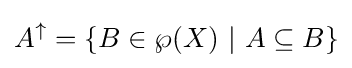
A^{\uparrow }=\{B\in \wp (X)\ |\ A\subseteq B\}